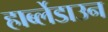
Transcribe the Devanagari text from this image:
हार्ब्लेडाउन